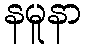
နမူနာ